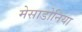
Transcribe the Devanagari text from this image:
मेसाडोनिया